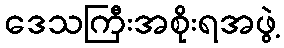
ဒေသကြီးအစိုးရအဖွဲ့